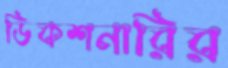
ডিকশনারির